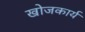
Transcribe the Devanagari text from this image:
खोजकार्य